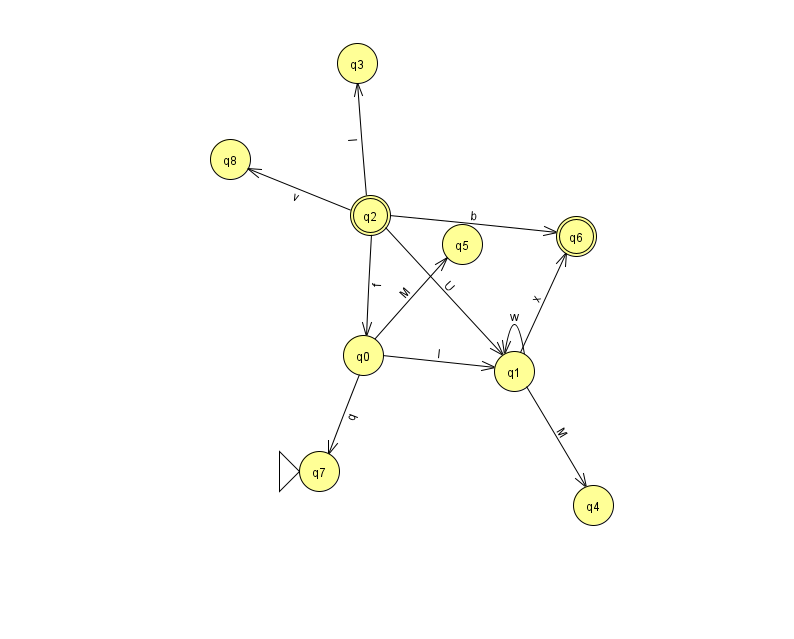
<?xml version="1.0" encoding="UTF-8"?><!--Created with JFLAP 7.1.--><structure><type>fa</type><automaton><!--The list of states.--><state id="0" name="q0"><x>363.0</x><y>342.0</y></state><state id="1" name="q1"><x>514.0</x><y>358.0</y></state><state id="2" name="q2"><x>370.0</x><y>202.0</y><final/></state><state id="3" name="q3"><x>357.0</x><y>50.0</y></state><state id="4" name="q4"><x>593.0</x><y>492.0</y></state><state id="5" name="q5"><x>462.0</x><y>231.0</y></state><state id="6" name="q6"><x>576.0</x><y>223.0</y><final/></state><state id="7" name="q7"><x>319.0</x><y>458.0</y><initial/></state><state id="8" name="q8"><x>230.0</x><y>146.0</y></state><!--The list of transitions.--><transition><from>2</from><to>3</to><read>I</read></transition><transition><from>2</from><to>8</to><read>v</read></transition><transition><from>1</from><to>4</to><read>M</read></transition><transition><from>1</from><to>6</to><read>x</read></transition><transition><from>2</from><to>1</to><read>U</read></transition><transition><from>0</from><to>1</to><read>l</read></transition><transition><from>1</from><to>1</to><read>w</read></transition><transition><from>2</from><to>6</to><read>b</read></transition><transition><from>0</from><to>5</to><read>M</read></transition><transition><from>0</from><to>7</to><read>q</read></transition><transition><from>2</from><to>0</to><read>f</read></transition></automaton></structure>